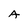
Character: A